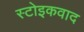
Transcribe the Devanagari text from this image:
स्टोइकवाद